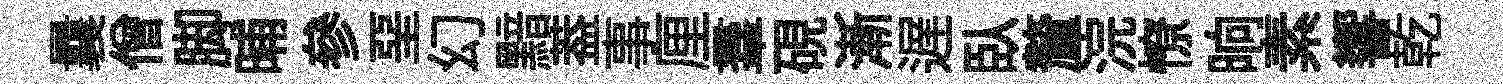
曩僧脚晡參堊幻黯葢事厘羣硯漸遅臥釐浣憭晌素響乾